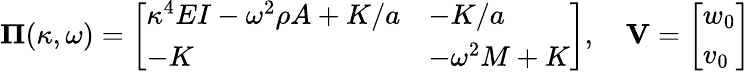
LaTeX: \boldsymbol{\Pi}(\kappa,\omega)=\left[\begin{array}{ll}{\kappa^{4}EI-\omega^{2}\rho A+K/a}&{-K/a}\\ {-K}&{-\omega^{2}M+K}\end{array}\right],\quad\mathbf{V}=\left[\begin{array}{l}{w_{0}}\\ {v_{0}}\end{array}\right]